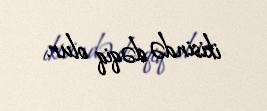
ikisində dəqiq olur.